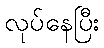
လုပ်နေပြီး